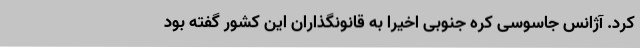
کرد. آژانس جاسوسی کره جنوبی اخیراً به قانونگذاران این کشور گفته بود